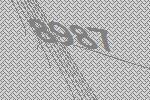
8987